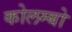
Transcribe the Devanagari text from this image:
कोलम्‍बो